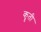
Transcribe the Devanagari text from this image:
कॄती